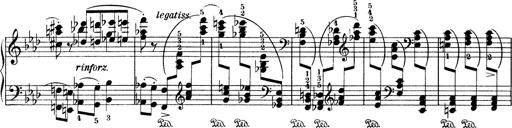
Title: Variationen Ã¼ber das Motiv von Bach
Composer: Franz Liszt